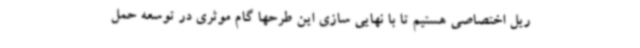
ریل اختصاصی هستیم تا با نهایی سازی این طرحها گام موثری در توسعه حمل